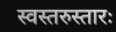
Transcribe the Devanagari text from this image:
स्वस्तरुस्तारः